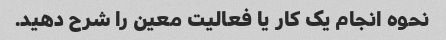
نحوه انجام یک کار یا فعالیت معین را شرح دهید.